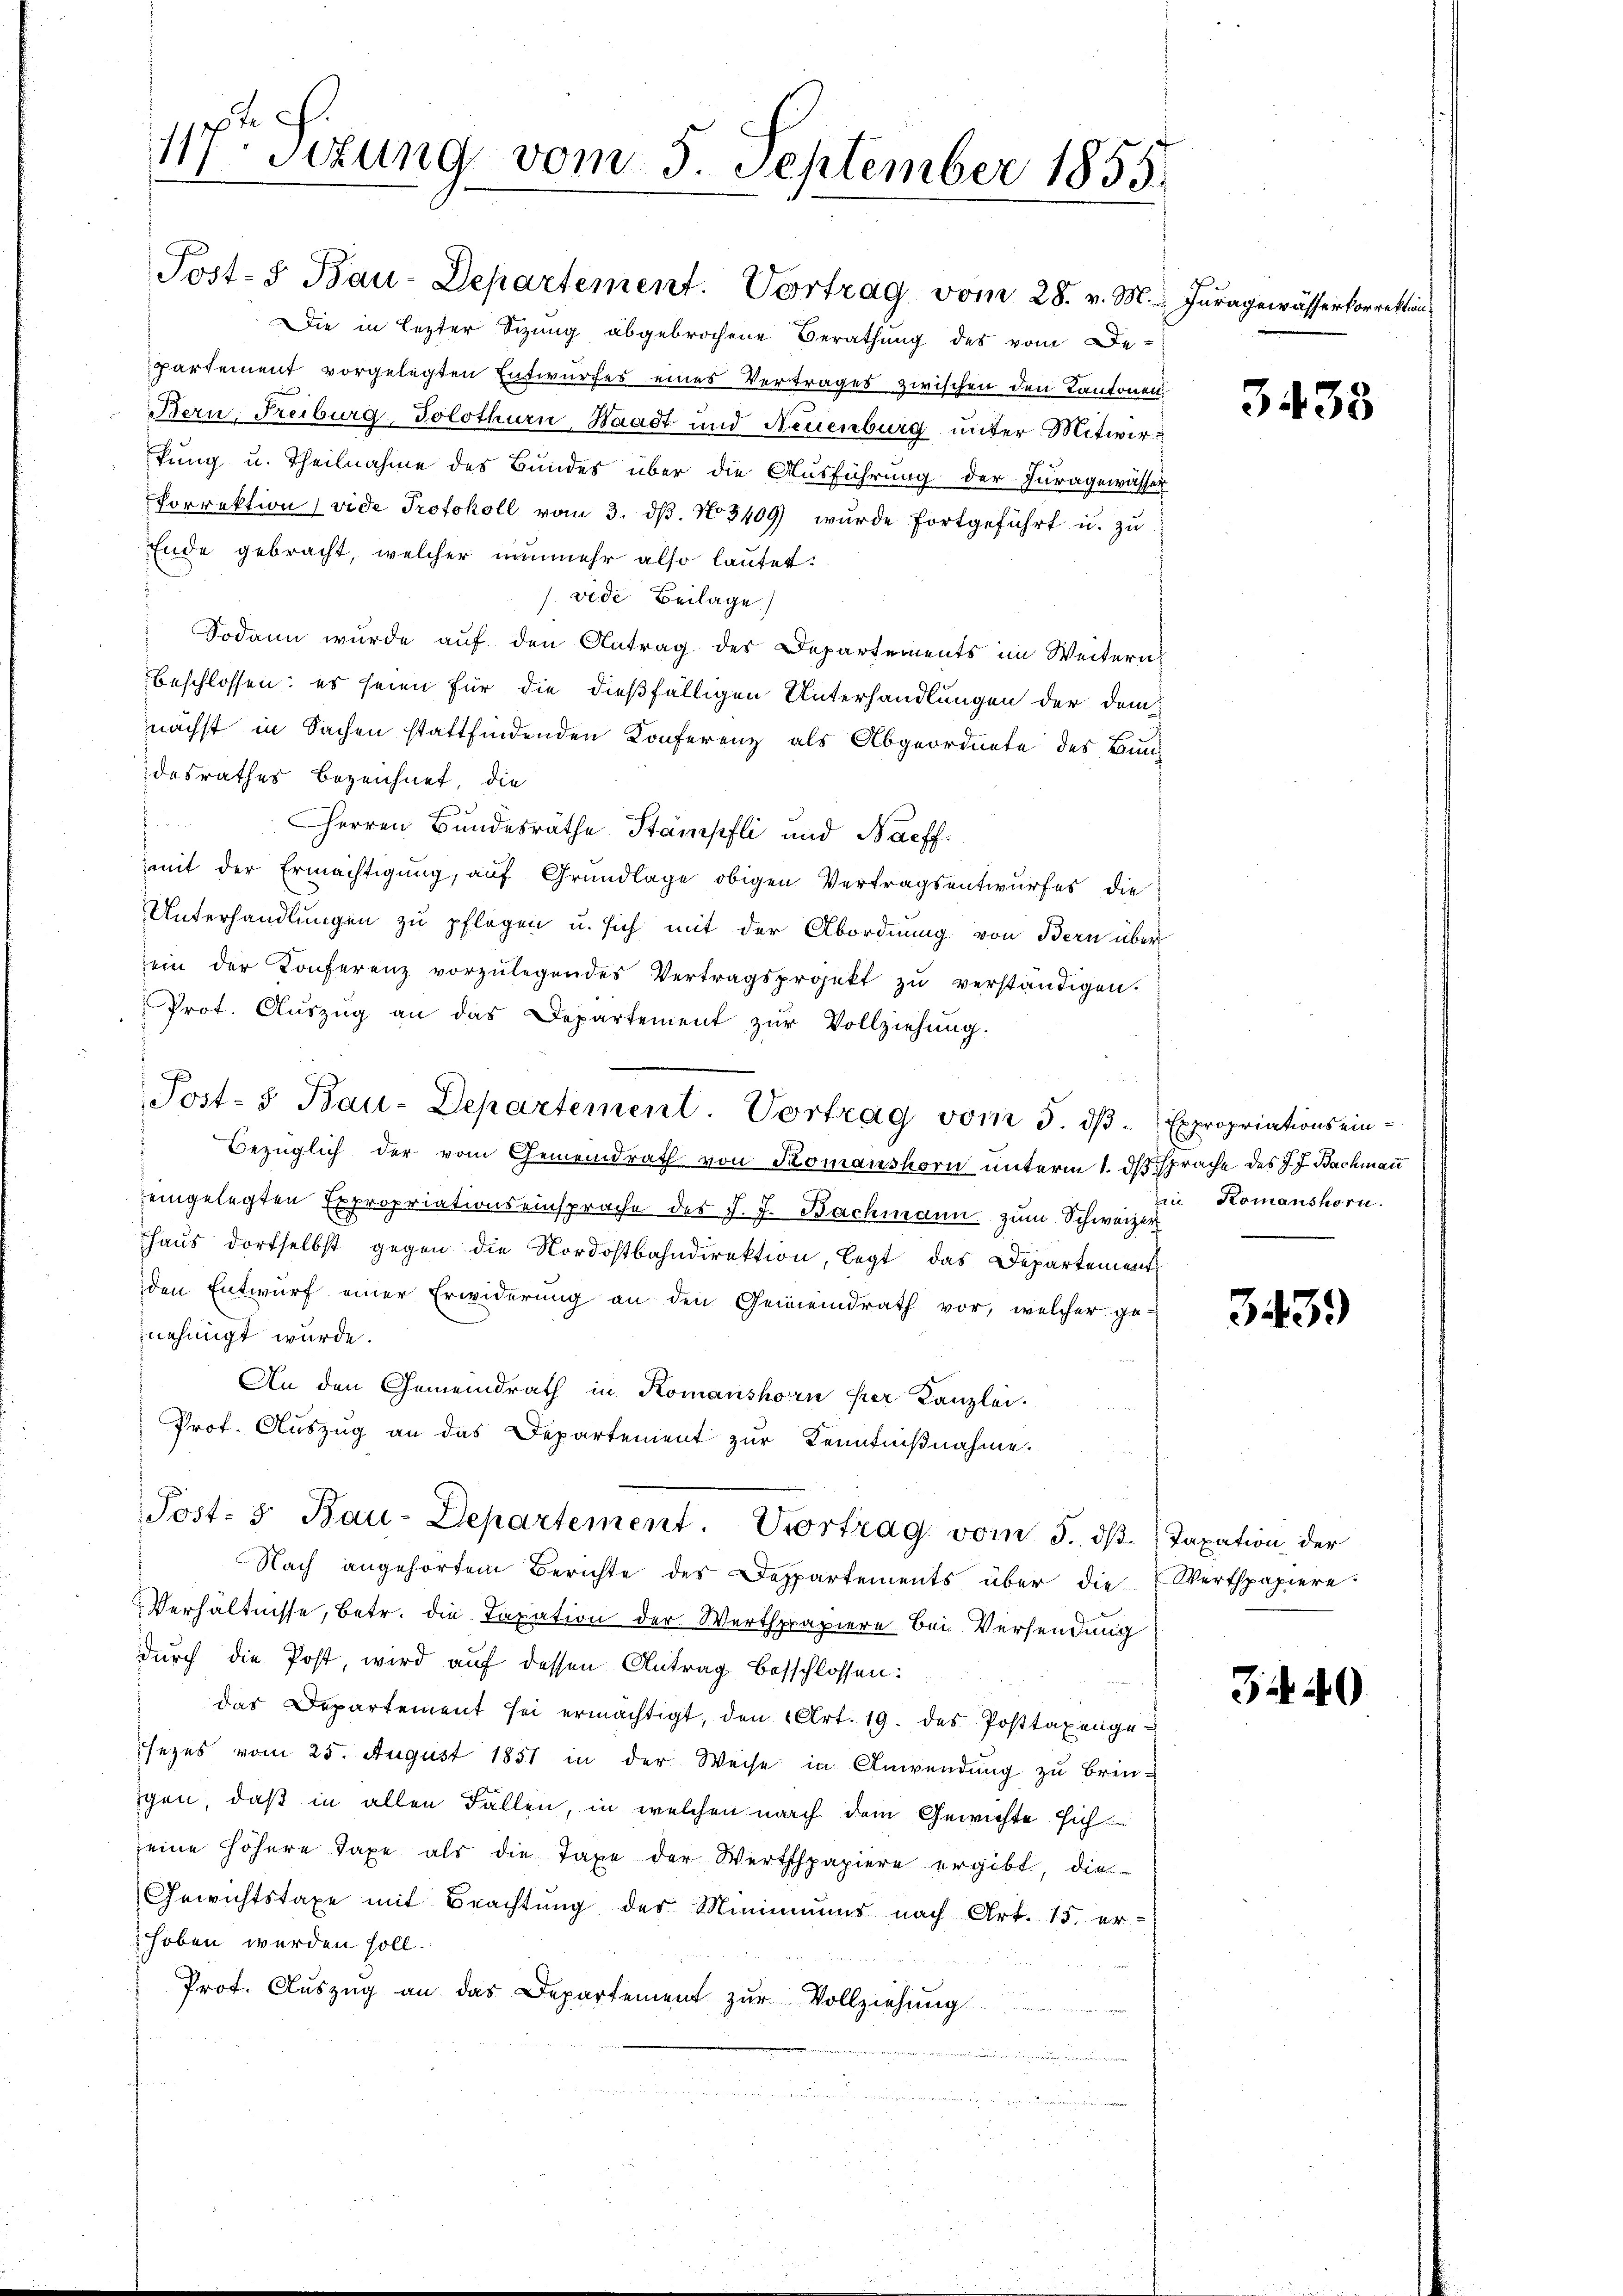
117. Setzung vom 5. September 1855.

Post-S Bau-Departement. Vortrag vom 28. v. M.

Die in lezter Sizung abgebrochene Berathung des vom De-
partement vorgelegten Entwurfes eines Vertrages zwischen den Kantonen
Bern, Freiburg, Solothurn, Waadt und Neuenburg unter Mitwirtung u. Theilnahme des Bundes über die Ausführung der Furagewässer
Porrektion (vide Protokoll vom 3. dβ. No. 3409) wŭrde fortgeführt u. zŭ
Ende gebracht, welcher nunmehr also lautet:
vide Beilage)
Sodann wurde auf den Antrag des Departements im Weitern
beschlossen: es seien für die dießfälligen Unterhandlungen der dem
nächst in Sachen stattfindenden Konferenz als Abgeordnete des Bundesrathes bezeichnet, die
Herren Bundesräthe Stämpfli und Bacff.
mit der Ermächtigung, auf Grundlage obigen Vertragsentwurfes die
Unterhandlungen zu pflegen u. sich mit der Abordnung von Bern über
ein der Konferenz vorzŭlegendes Vertragsprojekt zŭ verständigen.
Prot. Aŭszŭg an das Departement zŭr Vollziehŭng.
Post- & Bau-Departement. Vortrag vom 5. ds.
s
Bezüglich der vom Gemeindrath von Komanshorn unterm 1. ds sprache des J. J. Bachmann
eingelegten Expropriationseinsprache des J. J. Bachmann zum Schweizer
Thaus dortselbst gegen die Nordostbahndirektion, legt das Departement
den Entwurf einer Erwiderung an den Gemeindrath vor, welcher ge-
nehmigt wurde.
An den Gemeindrath in Komanshorn her Kanzlei-
Prof. Auszug an das Departement zur Kenntnißnahme.
Post- 5. Bau-Departement. Vortrag vom 5. ds Taxation der
Nach angehörtem Berichte der Departements über die Werthpapiere.
Verhältnisse, betr. die Taxation der Werthpapiere bei Versendung
durch die Post wird auf dessen Antrag besschlossen:
das Departement sei ermächtigt, den Art. 19. des Posttaxengesezes vom 25. August 1851 in der Weise in Anwendung zu brin-
gen, daß in allen Fallen, in welchen nach dem Gewichte sich
eine höhere Taxe als die Taxe der Werthpapiere ergibt, die
Gewichtstaxe mit Beachtung des Minimums nach Art. 15. er-
hoben werden soll.
Prot. Aŭszŭg an das Departement zŭr Vollziehŭng

Iuragewässerkorrektion

3438

Expropriations ein
in Komanshorn.

343.

740